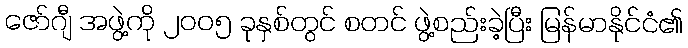
ဇော်ဂျီ အဖွဲ့ကို ၂၀၀၅ ခုနှစ်တွင် စတင် ဖွဲ့စည်းခဲ့ပြီး မြန်မာနိုင်ငံ၏